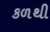
કળથી